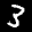
Label: 3